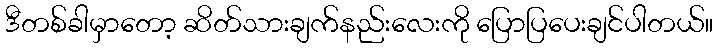
ဒီတစ်ခါမှာတော့ ဆိတ်သားချက်နည်းလေးကို ပြောပြပေးချင်ပါတယ်။